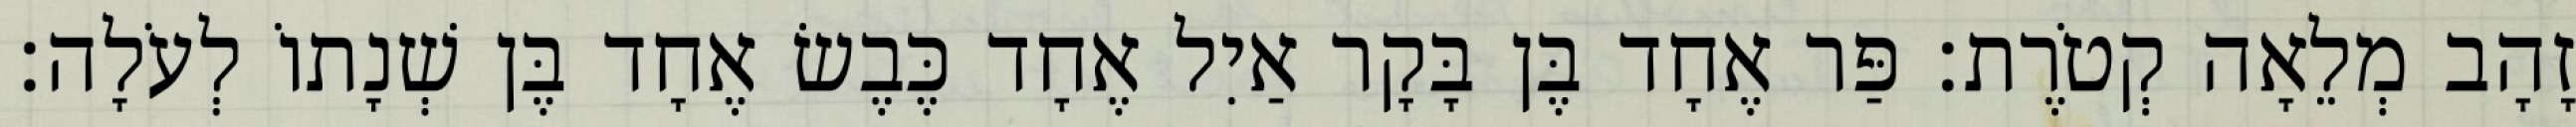
זָהָב מְלֵאָה קְטֹרֶת׃ פַּר אֶחָד בֶּן בָּקָר אַיִל אֶחָד כֶּבֶשׂ אֶחָד בֶּן שְׁנָתוֹ לְעֹלָה׃